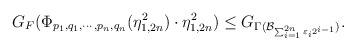
LaTeX: \begin{align*}G_F(\Phi_{p_1, q_1, \cdots, p_n, q_n}(\eta_{1, 2n}^2) \cdot \eta_{1, 2n}^2 ) \leq G_{\Gamma( \mathcal{B}_{\sum_{i=1}^{2n} \varepsilon_{i} 2^{i-1}})}.\end{align*}